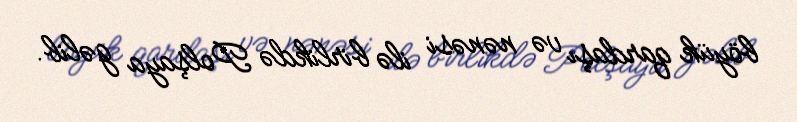
böyük qardaşı və nənəsi ilə birlikdə Polşaya gəlib.